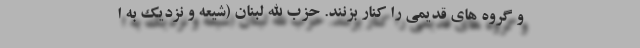
و گروه های قدیمی را کنار بزنند. حزب الله لبنان (شیعه و نزدیک به ا